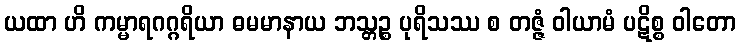
ယထာ ဟိ ကမ္မာရဂဂ္ဂရိယာ ဓမမာနာယ ဘသ္တဉ္စ ပုရိသဿ စ တဇ္ဇံ ဝါယာမံ ပဋိစ္စ ဝါတော